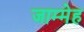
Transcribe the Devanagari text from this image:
जाम्मेह